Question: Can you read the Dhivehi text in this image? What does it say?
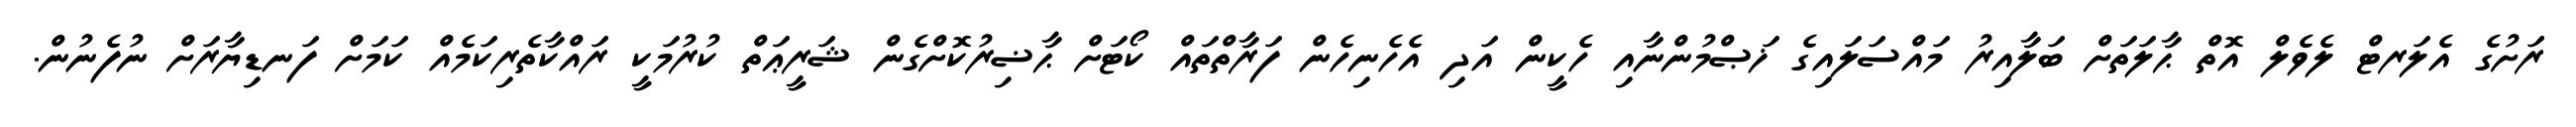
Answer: ރަށުގެ އެލަރޓް ލެވެލް އޮތް ޙާލަތަށް ބަލާއިރު މައްސަލައިގެ ޚަޞްމުންނާއި ހެކީން އަދި އެހެނިހެން ފަރާތްތައް ކޯޓަށް ޙާޟިރުކޮށްގެން ޝަރީޢަތް ކުރުމަކީ ރައްކާތެރިކަމެއް ކަމަށް ފަނޑިޔާރަށް ނުފެނުން.